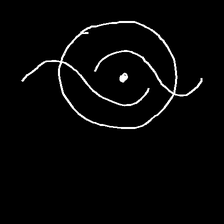
Glyph: repetition